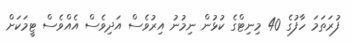
ފުރަތަމަ ހާފުގެ 40 މިނިޓްގެ ކުޅުން ނިމުނު އިރުވެސް އަދިވެސް އެއްވެސް ޓީމަކަށް